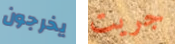
يخرجون جريت